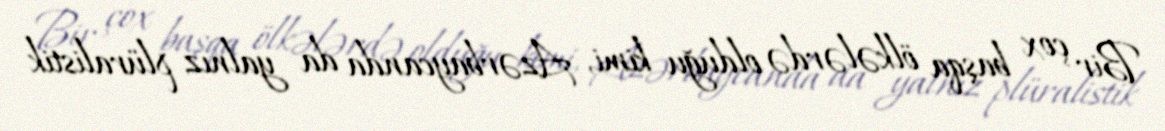
Bir çox başqa ölkələrdə olduğu kimi, Azərbaycanda da yalnız plüralistik